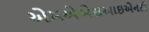
એમએએસઆઇએનટી